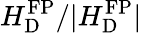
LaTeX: H_{\mathrm{D}}^{\mathrm{FP}}/|H_{\mathrm{D}}^{\mathrm{FP}}|